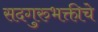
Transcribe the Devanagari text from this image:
सदगुरुभक्तीचे